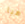
هيا